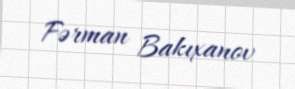
Fərman Bakıxanov